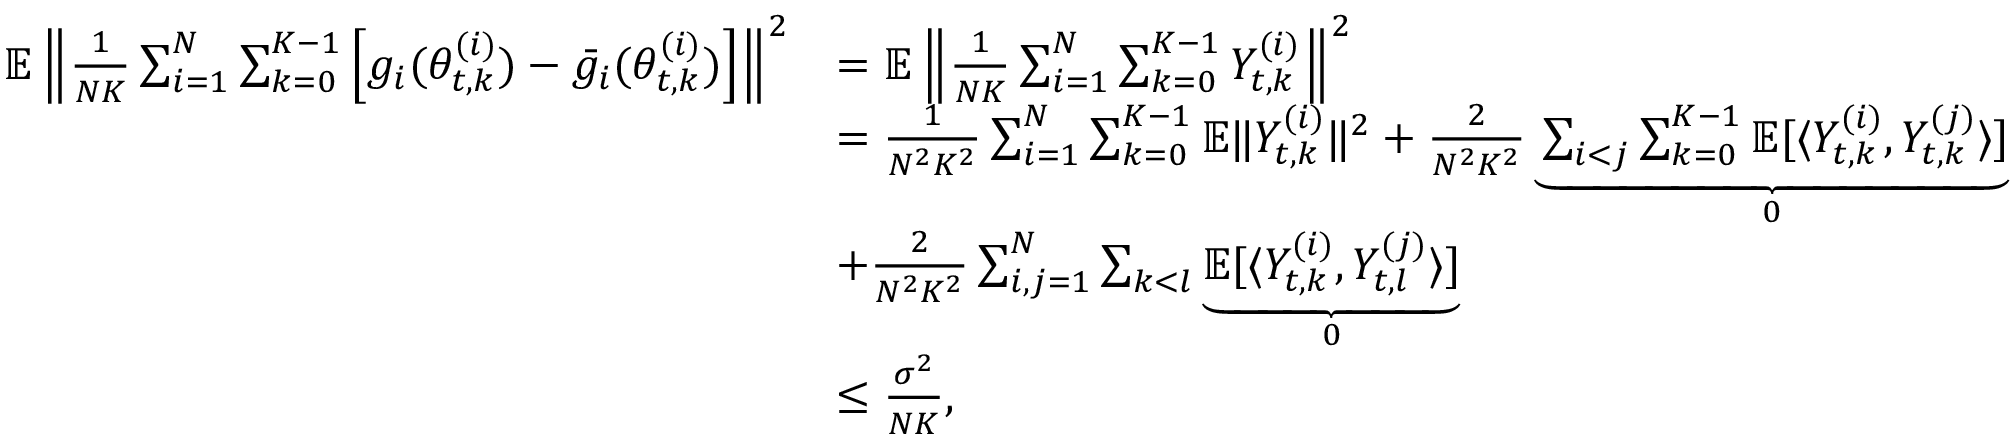
\begin{array} { r l } { \mathbb { E } \left\| \frac { 1 } { N K } \sum _ { i = 1 } ^ { N } \sum _ { k = 0 } ^ { K - 1 } \left[ g _ { i } ( \theta _ { t , k } ^ { ( i ) } ) - \bar { g } _ { i } ( \theta _ { t , k } ^ { ( i ) } ) \right] \right\| ^ { 2 } } & { = \mathbb { E } \left\| \frac { 1 } { N K } \sum _ { i = 1 } ^ { N } \sum _ { k = 0 } ^ { K - 1 } Y _ { t , k } ^ { ( i ) } \right\| ^ { 2 } } \\ & { = \frac { 1 } { N ^ { 2 } K ^ { 2 } } \sum _ { i = 1 } ^ { N } \sum _ { k = 0 } ^ { K - 1 } \mathbb { E } \lVert Y _ { t , k } ^ { ( i ) } \rVert ^ { 2 } + \frac { 2 } { N ^ { 2 } K ^ { 2 } } \underbrace { \sum _ { i < j } \sum _ { k = 0 } ^ { K - 1 } \mathbb { E } [ \langle Y _ { t , k } ^ { ( i ) } , Y _ { t , k } ^ { ( j ) } \rangle ] } _ { 0 } } \\ & { + \frac { 2 } { N ^ { 2 } K ^ { 2 } } \sum _ { i , j = 1 } ^ { N } \sum _ { k < l } \underbrace { \mathbb { E } [ \langle Y _ { t , k } ^ { ( i ) } , Y _ { t , l } ^ { ( j ) } \rangle ] } _ { 0 } } \\ & { \le \frac { \sigma ^ { 2 } } { N K } , } \end{array}